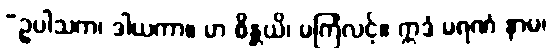
“ဥပါသက၊ ဒါယကာ။ မာ စိန္တယိ၊ မကြံလင့်။ ဣဒံ မရဏံ နာမ၊